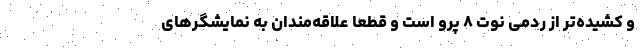
و کشیده‌تر از ردمی نوت ۸ پرو است و قطعا علاقه‌مندان به نمایشگرهای